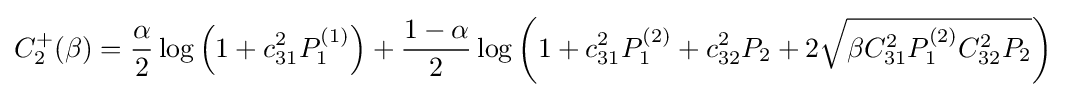
C_{2}^{+}(\beta )={\frac {\alpha }{2}}\log \left(1+c_{31}^{2}P_{1}^{(1)}\right)+{\frac {1-\alpha }{2}}\log \left(1+c_{31}^{2}P_{1}^{(2)}+c_{32}^{2}P_{2}+2{\sqrt {\beta C_{31}^{2}P_{1}^{(2)}C_{32}^{2}P_{2}}}\right)